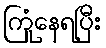
ကြုံနေရပြီး